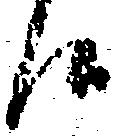
候